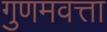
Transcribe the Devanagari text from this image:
गुणमवत्ता